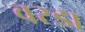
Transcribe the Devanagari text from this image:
वरडा